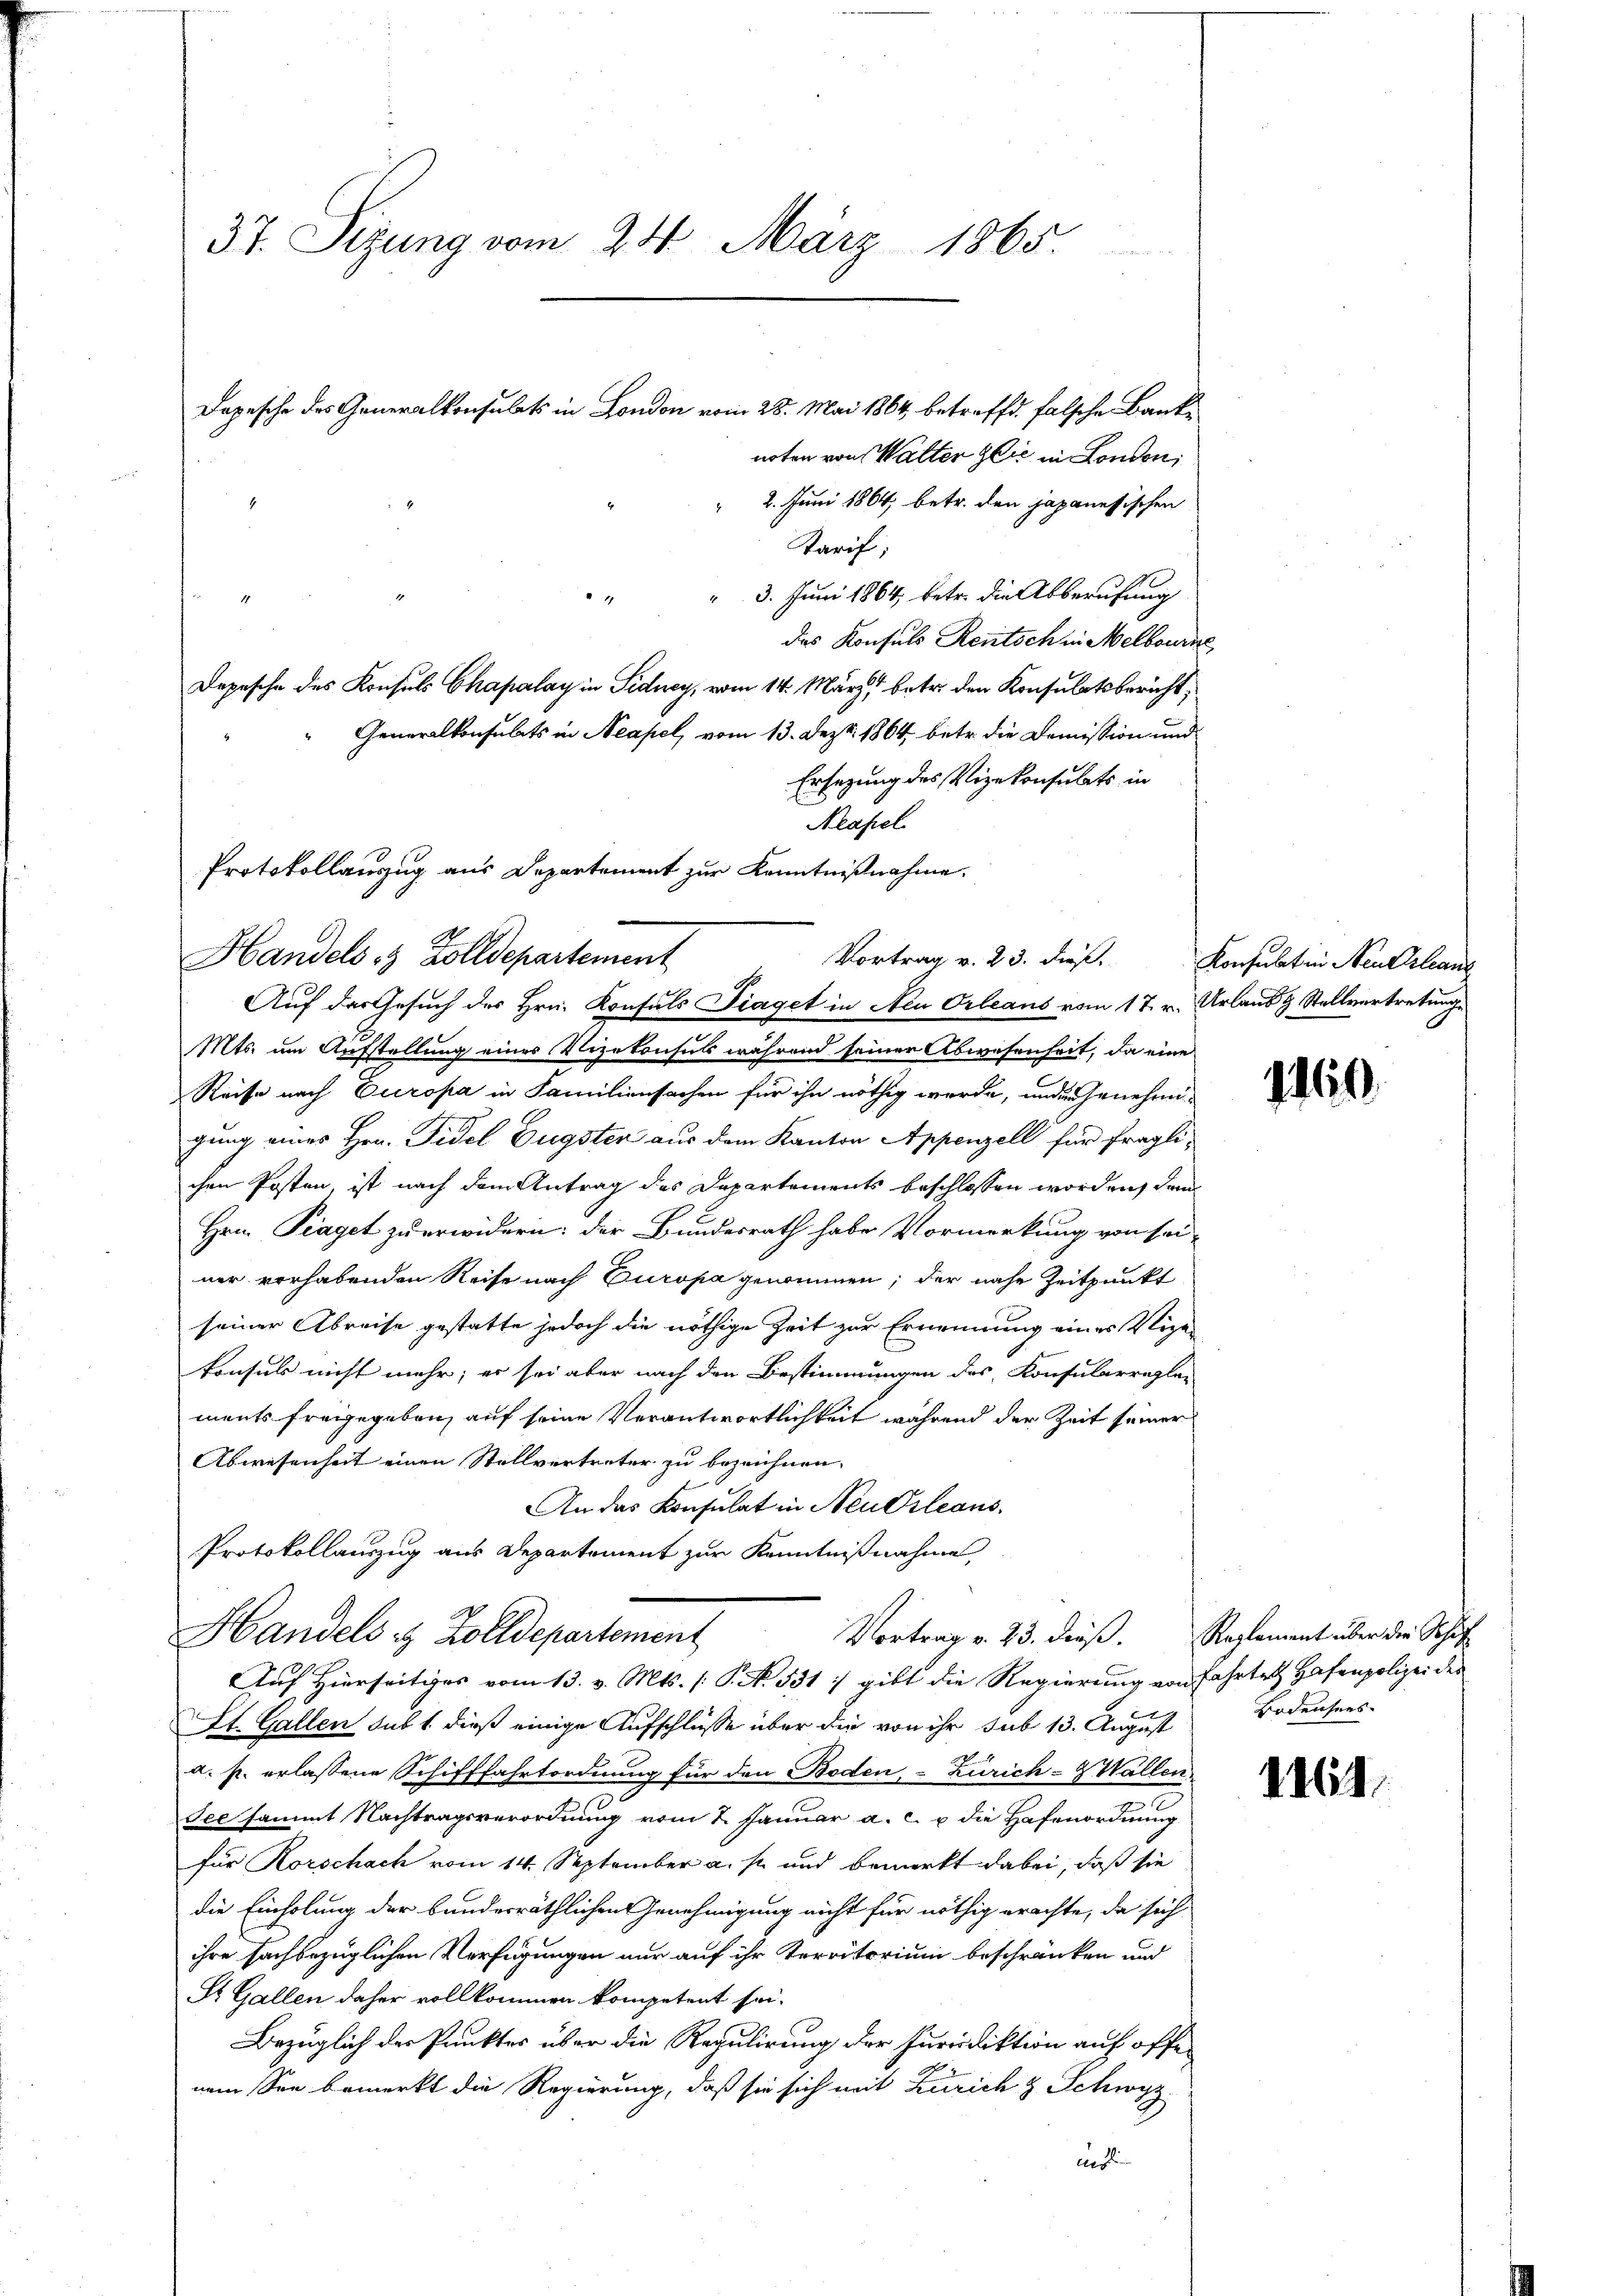
37. Sizung vom 24. März 1865.

Depesche des Generalkonsulats in London vom 28. Mai 1864 betreffe, falsche Banknoten von Walter Zeit in London,
 2. Juni 1864; betr. den japanessischen
Tarif;
 3. Juni 1864, betr. die Abberufung
das Konsuls Rentsch in Melbourse
Depesche des Konsuls Chapalay in Sidney, vom 14. März, betr. den Konsulatsbericht,
Generalkonsulats in Neapel, vom 13. Dez. 1864 betr. die Demission und
Ersezung des Vizekonsulats in
Mts. um Aufstellung eines Vizekonsuls während seiner Abwesenheit, da eine
Reise nach Europa in Familiensachen für ihn nöthig werde, ander Genehmigung eines Hrn. Fidel Eugsten aus dem Kanton Appenzell für fraglichen Posten, ist nach dem Antrag des Departements beschlossen worden, da
Hrn. Traget zu erwidern: der Bundesrath habe Vormerkung von sei-
ner vorhabenden Reise nach Europa genommen; der nahe Zeitpunkt
seiner Abreise gestatte jedoch die nöthige Zeit zur Ernennung eines Vize-
konsuls nicht mehr; er sei aber nach den Bestimmungen des Konsularregle-
ments freigegeben, auf seine Verantwortlichkeit während der Zeit seiner
Abwesenheit einen Stellvertreter zu bezeichnen.
An das Konsulat in Neukleans
Protokollauszug aus Departement zur Kenntnißnahme
Vortrag v. 23. dieß. Reglement über die Schaft
Handels & Zolldepartement
Auf Hierseitiges vom 13. v. Mts. S. N. 531 :/ gibt die Regierung von Fahrte Hafenpolizeider
St. Gallen sub 1 dieß einige Aufschlüsse über die von ihr sub 13. August Bodensens
a. p. erlassene Schifffahrtordnung für den Boden, - Zürich- & Wallen
See sammt Nachtragsverordnung vom 2. Januar a. c. u. die Hafenordnung
für Korschach vom 14. September a. s. und bemerkt dabei, daß sie
die Einholung der bundesräthlichen Genehmigung nicht für nöthig erachte, da sich
ihre sachbezüglichen Verfügungen nur auf ihr Territorium beschränken und
St. Gallen daher vollkommen kompetent sei.
Bezüglich der Punktes über die Regulirung der Furriediktion auf offenem See bemerkt die Regierung, daß sie sich mit Zürich & Schwyz
ausli

¬

Neapel
Protokollauszug aus Departement zur Kenntnißnahme.
Handels & Zolldepartement
Vortrag v. 23. dieß.
Auf das Gesuch des Hrn. Konsuls Piaget in Neu Orleans vom 17. v. Urband & Stellvertretung

Konsulat in Neuerlang

1160.

168